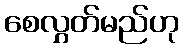
စေလွှတ်မည်ဟု